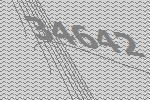
34642